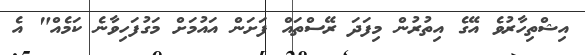
އިޝްތިހާރުވެ އޭގެ އިތުރުން މިފަދަ ރޭސްތައް ފަށަން އައުމަށް މަގުފަހިވާނެ ކަމެއް" އެ